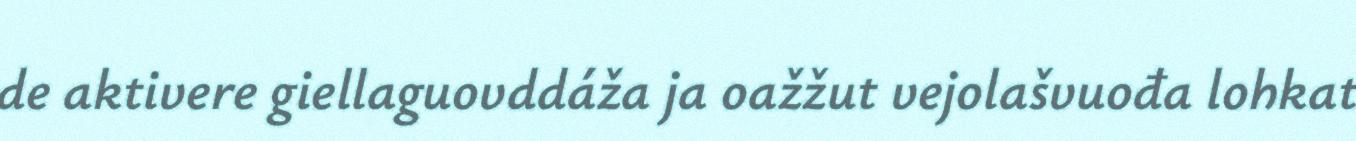
de aktivere giellaguovddáža ja oažžut vejolašvuođa lohkat